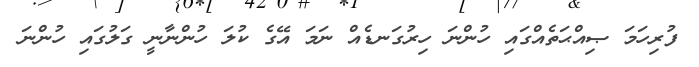
ފުރިހަމަ ޞިއްޙަތެއްގައި ހުންނަ ހިރުގަނޑެއް ނަމަ އޭގެ ކުލަ ހުންނާނީ ގަލުގައި ހުންނަ